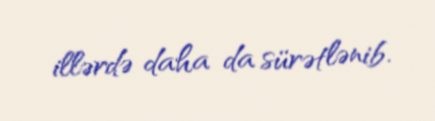
illərdə daha da sürətlənib.